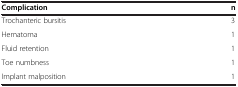
| Complication | n |
 | --- | --- |
 | Trochanteric bursitis | 3 |
 | Hematoma | 1 |
 | Fluid retention | 1 |
 | Toe numbness | 1 |
 | Implant malposition | 1 |